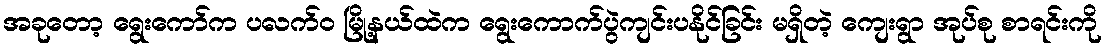
အခုတော့ ရွေးကော်က ပလက်၀ မြို့နယ်ထဲက ရွေးကောက်ပွဲကျင်းပနိုင်ခြင်း မရှိတဲ့ ကျေးရွာ အုပ်စု စာရင်းကို